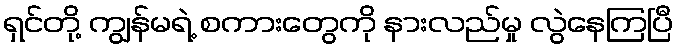
ရှင်တို့ ကျွန်မရဲ့ စကားတွေကို နားလည်မှု လွဲနေကြပြီ